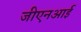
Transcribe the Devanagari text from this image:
जीएनआई